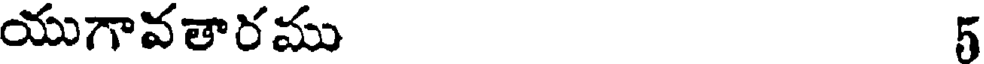
యుగావతారము 5